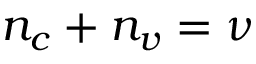
n _ { c } + n _ { v } = \nu